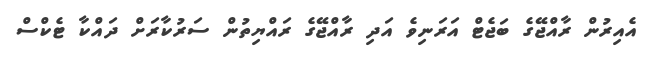
އެއިރުން ރާއްޖޭގެ ބަޖެޓް އަރަނިވެ އަދި ރާއްޖޭގެ ރައްޔިތުން ސަރުކާރަށް ދައްކާ ޓެކްސް